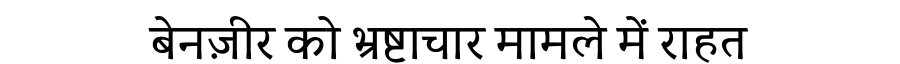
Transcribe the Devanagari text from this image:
बेनज़ीर को भ्रष्टाचार मामले में राहत